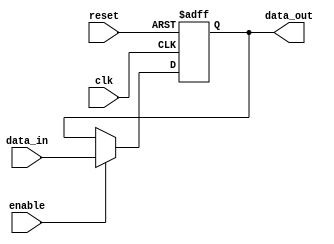
module output_register (
    input wire clk,          // Clock signal
    input wire reset,        // Asynchronous reset signal
    input wire enable,       // Enable signal for capturing data
    input wire [N-1:0] data_in,  // Data input from combinational logic
    output reg [N-1:0] data_out // Output of the register
);
    parameter N = 8; // Define the width of the register (adjust as needed)

    // Asynchronous reset and synchronous operation
    always @(posedge clk or posedge reset) begin
        if (reset) begin
            data_out <= {N{1'b0}}; // Set output to zero on reset
        end else if (enable) begin
            data_out <= data_in; // Capture data on clock edge if enabled
        end
        // If enable is low, retain previous value (no need to specify, as it's a reg type)
    end

endmodule